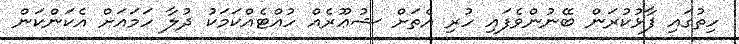
ހިތުގައި ފާޅުކުރަން ބޭނުންވެފައި ހުރި އެތަށް ޝުޢޫރެއް ހުއްޓެއްކަމަކު ދުލާ ހަމައަށް އެކަންކަން